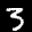
Label: 3